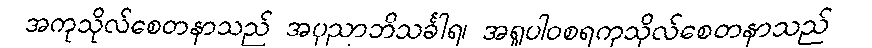
အကုသိုလ်စေတနာသည် အပုညာဘိသင်္ခါရ၊ အရူပါဝစရကုသိုလ်စေတနာသည်